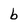
Character: b